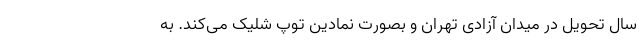
سال تحویل در میدان آزادی تهران و بصورت نمادین توپ شلیک می‌کند. به